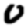
Digit: 0